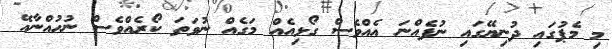
މި މެޕުގައި ދުނިޔޭގައި ނުފެއްނަ އެއްވެސް ގޯޅިއެއް މަގެއް ނުވަތަ ކޯރެއްވެސް ނުހުއްނާއޭ